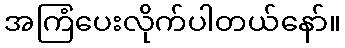
အကြံပေးလိုက်ပါတယ်နော်။